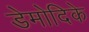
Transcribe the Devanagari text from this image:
डेमोदिके